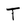
Character: t